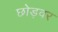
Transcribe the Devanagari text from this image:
छोड़वर